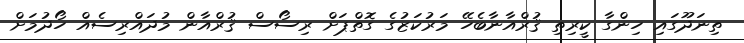
ތިނަދޫގައި ހިންގާ ކީރިތި ޤުރްއާނާބެހޭ މަރުކަޒުގެ ގޮތްޕަށް ރިސޯސް ޤުރްއާން މުދައްރިސެއް ހޯދުމަށް